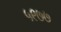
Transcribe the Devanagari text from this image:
५९७७